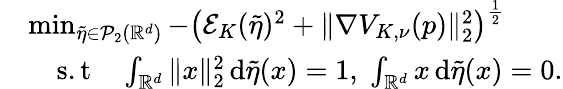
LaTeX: \begin{array}{rl}&{\operatorname*{min}_{\tilde{\eta}\in\mathcal{P}_{2}(\mathbb{R}^{d})}-\left(\mathcal E_{K}(\tilde{\eta})^{2}+\| \nabla V_{K,\nu}(p)\| _{2}^{2}\right)^{\frac 12}}\\ &{\quad\mathrm{s.t}\quad\int_{\mathbb{R}^{d}}\| x\| _{2}^{2}\, \mathrm{d}\tilde{\eta}(x)=1,\; \int_{\mathbb{R}^{d}}x\, \mathrm{d}\tilde{\eta}(x)=0.}\end{array}